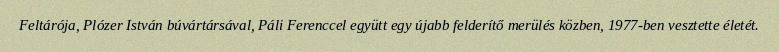
Feltárója, Plózer István búvártársával, Páli Ferenccel együtt egy újabb felderítő merülés közben, 1977-ben vesztette életét.